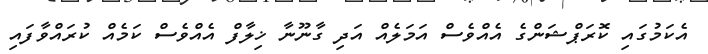
އެކަމުގައި ކޮރަޕްޝަންގެ އެއްވެސް އަމަލެއް އަދި ގާނޫނާ ޚިލާފް އެއްވެސް ކަމެއް ކުރައްވާފައި